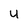
Character: u